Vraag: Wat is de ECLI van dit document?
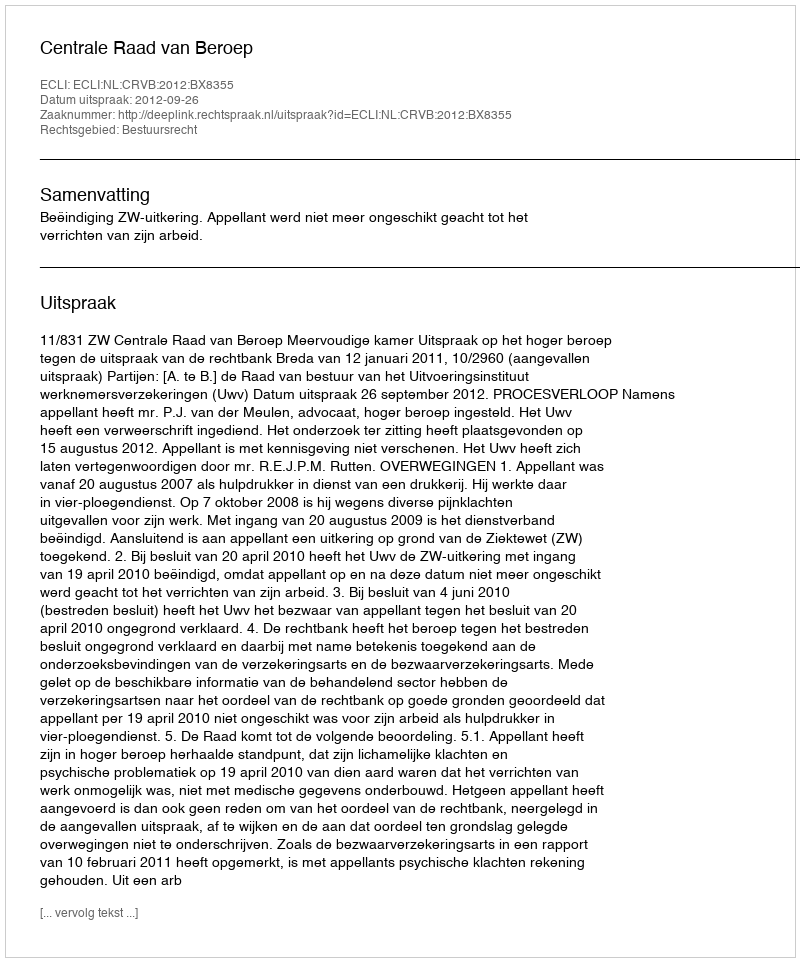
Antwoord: ECLI:NL:CRVB:2012:BX8355